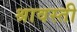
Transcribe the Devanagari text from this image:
श्रावस्‍ती